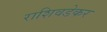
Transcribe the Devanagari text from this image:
राशिवडेकर